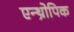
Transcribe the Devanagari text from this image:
एन्थ्रोपिक